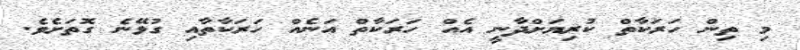
މި ތިން ހަރަކާތް ކުރިޔަށްދާނީ އެއް ހަރަކާތް އަނެއް ހަރަކާތާއި ގުޅޭނެ ގޮތަށެވެ.